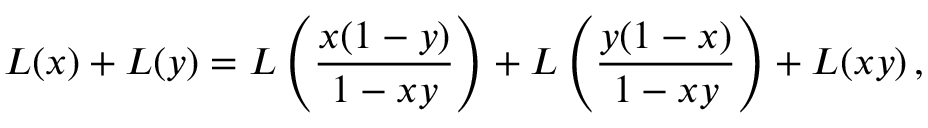
L ( x ) + L ( y ) = L \left( \frac { x ( 1 - y ) } { 1 - x y } \right) + L \left( \frac { y ( 1 - x ) } { 1 - x y } \right) + L ( x y ) \, ,